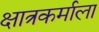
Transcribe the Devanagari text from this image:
क्षात्रकर्माला